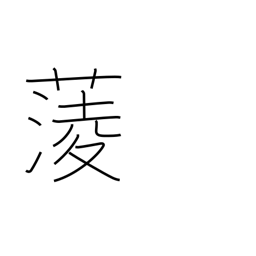
Meaning: water chestnut